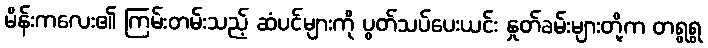
မိန်းကလေး၏ ကြမ်းတမ်းသည့် ဆံပင်များကို ပွတ်သပ်ပေးယင်း နှုတ်ခမ်းများတို့က တရွရွ